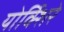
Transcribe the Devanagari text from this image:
योर्क्शिरे